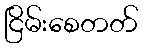
ငြိမ်းစေတတ်